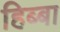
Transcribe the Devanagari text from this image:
हिब्बा